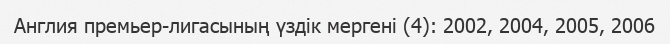
Англия премьер-лигасының үздік мергені (4): 2002, 2004, 2005, 2006